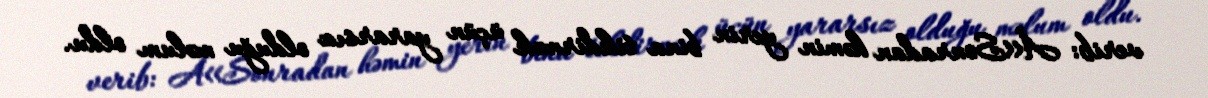
verib: Â«Sonradan həmin yerin bina tikdirmək üçün yararsız olduğu məlum oldu.